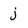
Character: j